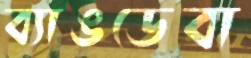
ব্যাঙডেবা